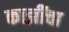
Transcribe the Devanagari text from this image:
काझींचा